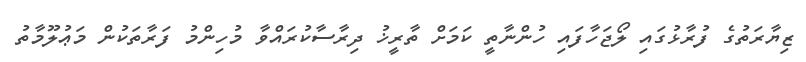
ޒިޔާރަތުގެ ފުރާޅުގައި ލޯޖަހާފައި ހުންނާތީ ކަމަށް ތާރީޚު ދިރާސާކުރައްވާ މުހިންމު ފަރާތަކުން މަޢުލޫމާތު